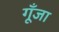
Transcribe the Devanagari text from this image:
गूँजा